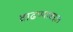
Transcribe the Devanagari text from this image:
वाढण्याबद्दल